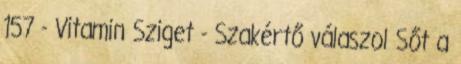
157 - Vitamin Sziget - Szakértő válaszol Sőt a